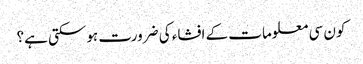
کون سی معلومات کے افشاء کی ضرورت ہوسکتی ہے؟